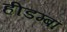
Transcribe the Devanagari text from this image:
हीडम्बा